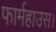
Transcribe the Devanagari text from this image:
फार्महाउस।